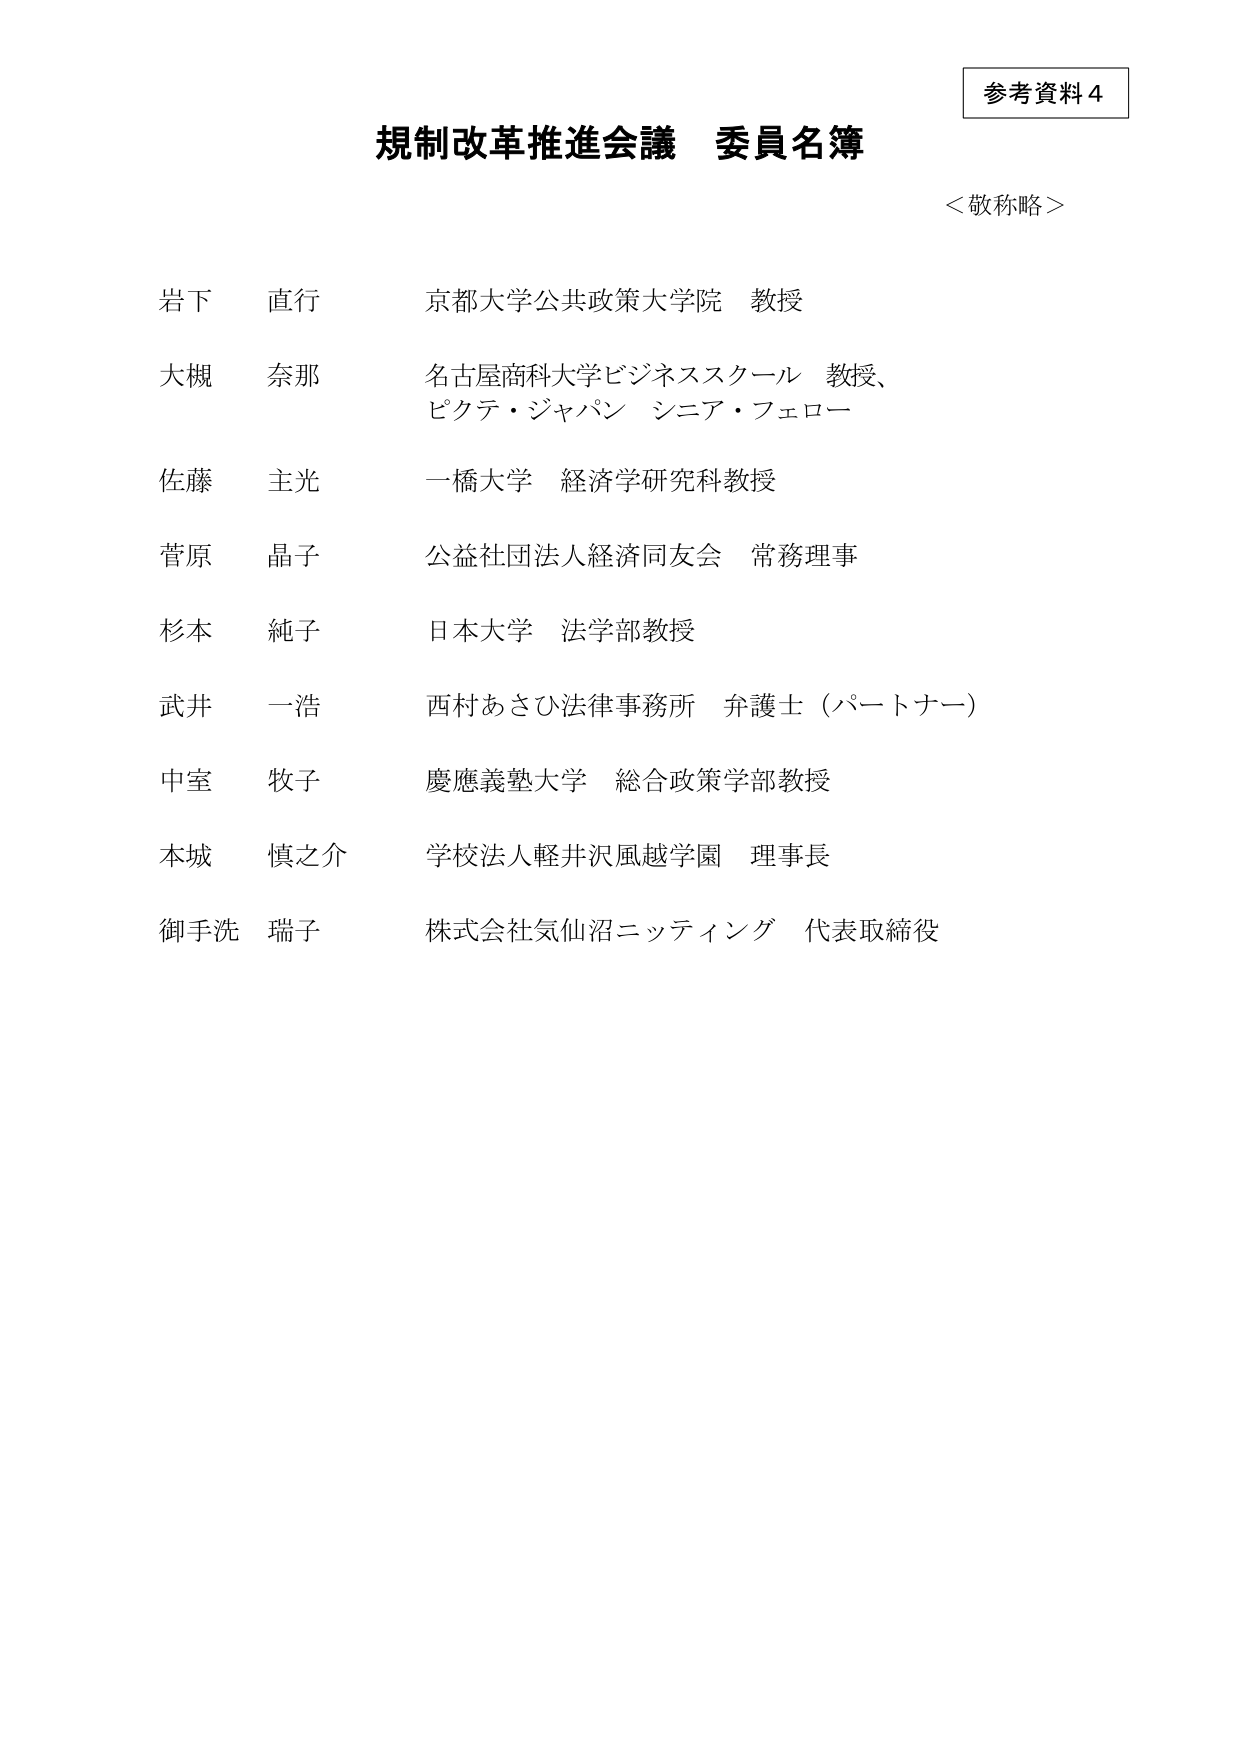
参考資料４

規制改革推進会議 委員名簿
＜敬称略＞

岩下 直行 京都大学公共政策大学院 教授
大槻 奈那 名古屋商科大学ビジネススクール 教授、
ビクテ・ジャパン シニア・フェロー
佐藤 主光 一橋大学 経済学研究科教授
菅原 晶子 公益社団法人経済同友会 常務理事
杉本 純子 日本大学 法学部教授
武井 一浩 西村あさひ法律事務所 弁護士（パートナー）
中室 牧子 慶應義塾大学 総合政策学部教授
木城 慎之介 学校法人軽井沢風越学園 理事長
御手洗 瑞子 株式会社気仙沼ニッティング 代表取締役